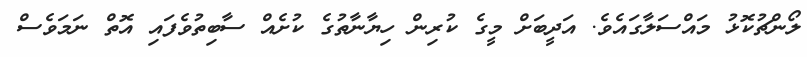
ލޯންޗުކޮޅު މައްސަލާގައެވެ. އަދީބަށް މީގެ ކުރިން ހިޔާނާތުގެ ކުށެއް ސާބިތުވެފައި އޮތް ނަމަވެސް